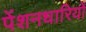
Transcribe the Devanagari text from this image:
पेंशनधारियों